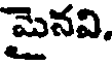
మైనవి,